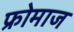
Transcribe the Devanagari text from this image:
फ्रोमाज